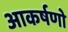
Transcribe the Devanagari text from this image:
आकर्षणो